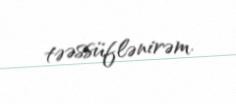
təəssüflənirəm.